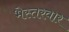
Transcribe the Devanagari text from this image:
भेस्तरवार